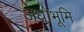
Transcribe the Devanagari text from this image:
अधोभूमि